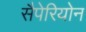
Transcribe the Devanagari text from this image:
सैपेरियोन